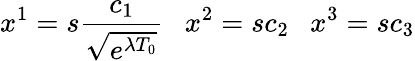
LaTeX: x^{1}=s\frac{c_{1}}{\sqrt{e^{\lambda T_{0}}}}\ \ \ x^{2}=sc_{2}\ \ \ x^{3}=sc_{3}